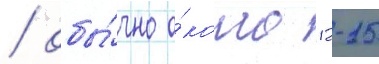
/ обы́чно о́коло 12-15